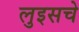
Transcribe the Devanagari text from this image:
लुइसचे